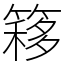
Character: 簃